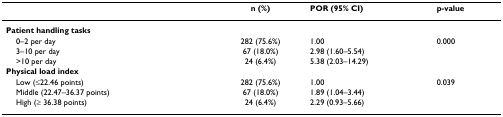
<table><thead><tr><td></td><td><b>n (%)</b></td><td><b>POR (95% CI)</b></td><td><b>p-value</b></td></tr></thead><tbody><tr><td><b>Patient handling tasks</b></td><td></td><td></td><td></td></tr><tr><td> 0–2 per day</td><td>282 (75.6%)</td><td>1.00</td><td>0.000</td></tr><tr><td> 3–10 per day</td><td>67 (18.0%)</td><td>2.98 (1.60–5.54)</td><td></td></tr><tr><td> &gt;10 per day</td><td>24 (6.4%)</td><td>5.38 (2.03–14.29)</td><td></td></tr><tr><td><b>Physical load index</b></td><td></td><td></td><td></td></tr><tr><td> Low (≤22.46 points)</td><td>282 (75.6%)</td><td>1.00</td><td>0.039</td></tr><tr><td> Middle (22.47–36.37 points)</td><td>67 (18.0%)</td><td>1.89 (1.04–3.44)</td><td></td></tr><tr><td> High (≥ 36.38 points)</td><td>24 (6.4%)</td><td>2.29 (0.93–5.66)</td><td></td></tr></tbody></table>